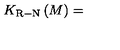
K _ { \mathrm { R - N } } \left( M \right) =